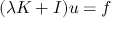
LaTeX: ( \lambda K + I ) u = f